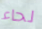
لحاء